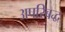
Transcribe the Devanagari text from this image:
अपरिबद्ध